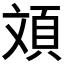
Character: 𮨂